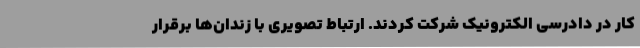
کار در دادرسی الکترونیک شرکت کردند. ارتباط تصویری با زندان‌ها برقرار